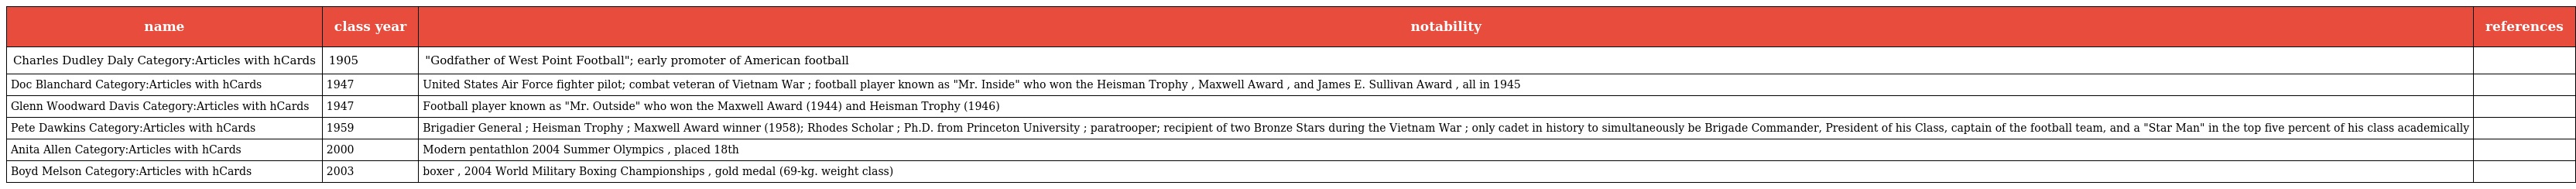
| name | class year | notability | references |
 | --- | --- | --- | --- |
 | Charles Dudley Daly Category:Articles with hCards | 1905 | "Godfather of West Point Football"; early promoter of American football |  |
 | Doc Blanchard Category:Articles with hCards | 1947 | United States Air Force fighter pilot; combat veteran of Vietnam War ; football player known as "Mr. Inside" who won the Heisman Trophy , Maxwell Award , and James E. Sullivan Award , all in 1945 |  |
 | Glenn Woodward Davis Category:Articles with hCards | 1947 | Football player known as "Mr. Outside" who won the Maxwell Award (1944) and Heisman Trophy (1946) |  |
 | Pete Dawkins Category:Articles with hCards | 1959 | Brigadier General ; Heisman Trophy ; Maxwell Award winner (1958); Rhodes Scholar ; Ph.D. from Princeton University ; paratrooper; recipient of two Bronze Stars during the Vietnam War ; only cadet in history to simultaneously be Brigade Commander, President of his Class, captain of the football team, and a "Star Man" in the top five percent of his class academically |  |
 | Anita Allen Category:Articles with hCards | 2000 | Modern pentathlon 2004 Summer Olympics , placed 18th |  |
 | Boyd Melson Category:Articles with hCards | 2003 | boxer , 2004 World Military Boxing Championships , gold medal (69-kg. weight class) |  |